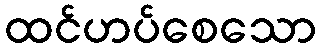
ထင်ဟပ်စေသော